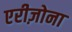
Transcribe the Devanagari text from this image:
एरीज़ोना